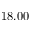
1 8 . 0 0